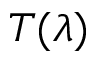
T ( \lambda )